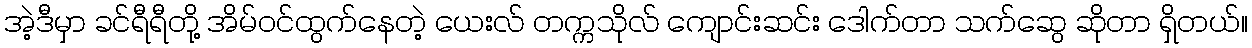
အဲ့ဒီမှာ ခင်ရီရီတို့ အိမ်ဝင်ထွက်နေတဲ့ ယေးလ် တက္ကသိုလ် ကျောင်းဆင်း ဒေါက်တာ သက်ဆွေ ဆိုတာ ရှိတယ်။